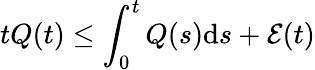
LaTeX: tQ(t)\leq\int_{0}^{t}Q(s)\mathrm{d}s+\mathcal{E}(t)